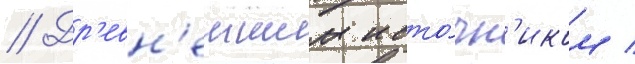
// Др'евн'еишим исто́чн'иком /